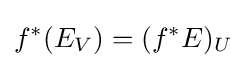
f^{*}(E_{V})=(f^{*}E)_{U}